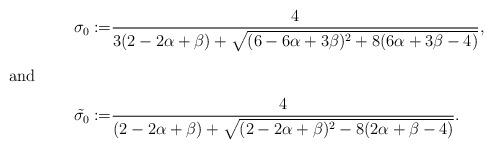
LaTeX: \begin{align*}\sigma_{0}:=&\dfrac{4}{3(2-2\alpha+\beta)+\sqrt{(6-6\alpha+3\beta)^2+8(6\alpha+3\beta-4)}},\intertext{and}\tilde{\sigma_{0}} :=&\dfrac{4}{(2-2\alpha+\beta)+\sqrt{(2-2\alpha+\beta)^2-8(2\alpha+\beta-4)}}.\end{align*}